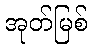
အုတ်မြစ်